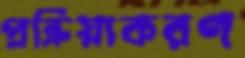
প্রক্রিয়াকরণ